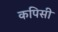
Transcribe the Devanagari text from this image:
कपिसी